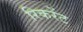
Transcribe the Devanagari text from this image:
रिकरेंट